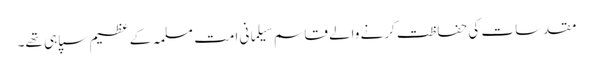
مقدسات کی حفاظت کرنے والے قاسم سیلمانی امت مسلمہ کے عظیم سپاہی تھے۔